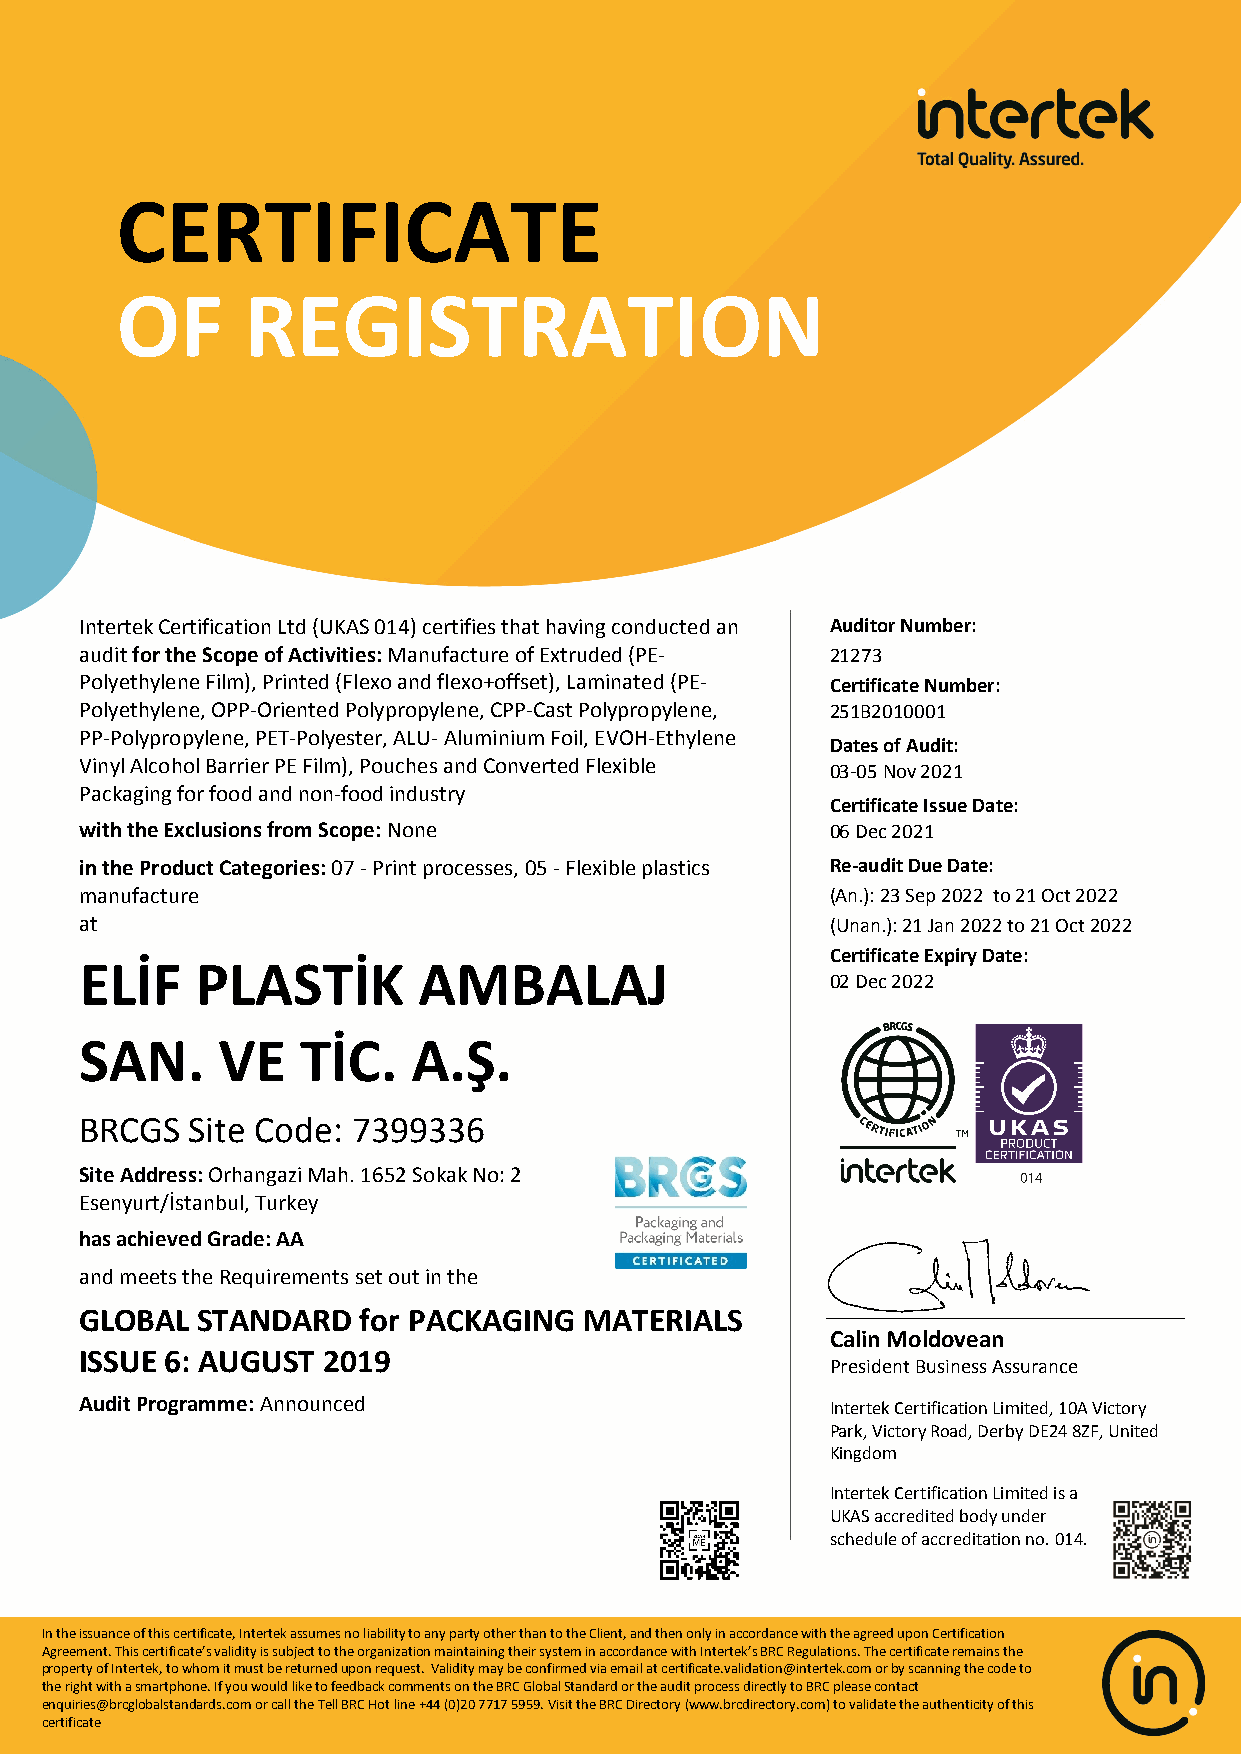
CERTIFICATE
 OF      REGISTRATION
 Intertek Certification Ltd (UKAS 014) certifies that having conducted an Auditor Number:
 audit for the Scope of Activities: Manufacture of Extruded (PE- 21273
 Polyethylene Film), Printed (Flexo and flexo+offset), Laminated (PE- Certificate Number:
 Polyethylene, OPP-Oriented Polypropylene, CPP-Cast Polypropylene, 251B2010001
 PP-Polypropylene, PET-Polyester, ALU- Aluminium Foil, EVOH-Ethylene
 Dates of Audit:
 Vinyl Alcohol Barrier PE Film), Pouches and Converted Flexible 03-05 Nov 2021
 Packaging for food and non-food industry
 Certificate Issue Date:
 with the Exclusions from Scope: None              06 Dec 2021
 in the Product Categories: 07 - Print processes, 05 - Flexible plastics Re-audit Due Date:
 manufacture                                       (An.): 23 Sep 2022 to 21 Oct 2022
 at                                                (Unan.): 21 Jan 2022 to 21 Oct 2022
 Certificate Expiry Date:
 ELİF    PLASTİK        AMBALAJ
 02 Dec 2022
 SAN.     VE    TİC.   A.Ş.
 BRCGS   Site Code: 7399336
 Site Address: Orhangazi Mah. 1652 Sokak No: 2
 Esenyurt/İstanbul, Turkey
 has achieved Grade: AA
 and meets the Requirements set out in the
 GLOBAL  STANDARD   for PACKAGING  MATERIALS
 Calin Moldovean
 ISSUE 6: AUGUST 2019
 President Business Assurance
 Audit Programme: Announced                        Intertek Certification Limited, 10A Victory
 Park, Victory Road, Derby DE24 8ZF, United
 Kingdom
 Intertek Certification Limited is a
 UKAS accredited body under
 schedule of accreditation no. 014.
 In the issuance of this certificate, Intertek assumes no liability to any party other than to the Client, and then only in accordance with the agreed upon Certification
 Agreement. This certificate’s validity is subject to the organization maintaining their system in accordance with Intertek’s BRC Regulations. The certificate remains the
 property of Intertek, to whom it must be returned upon request. Validity may be confirmed via email at certificate.validation@intertek.com or by scanning the code to
 the right with a smartphone. If you would like to feedback comments on the BRC Global Standard or the audit process directly to BRC please contact
 enquiries@brcglobalstandards.com or call the Tell BRC Hot line +44 (0)20 7717 5959. Visit the BRC Directory (www.brcdirectory.com) to validate the authenticity of this
 certificate